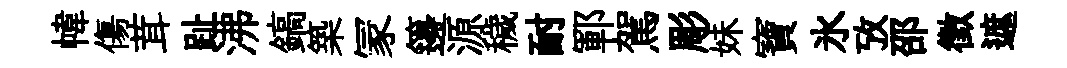
幃傷茸趾沸鎬築冡籩源穢耐鄆駕彫妹寶氷攷邵徵遮